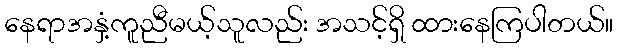
နေရာအနှံ့ကူညီမယ့်သူလည်း အသင့်ရှိ ထားနေကြပါတယ်။